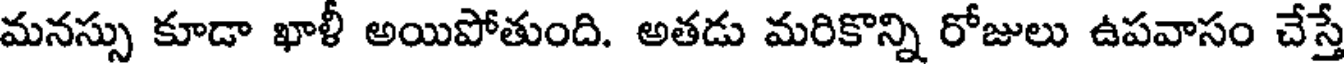
మనస్సు కూడా ఖాళీ అయిపోతుంది. అతడు మరికొన్ని రోజులు ఉపవాసం చేస్తే